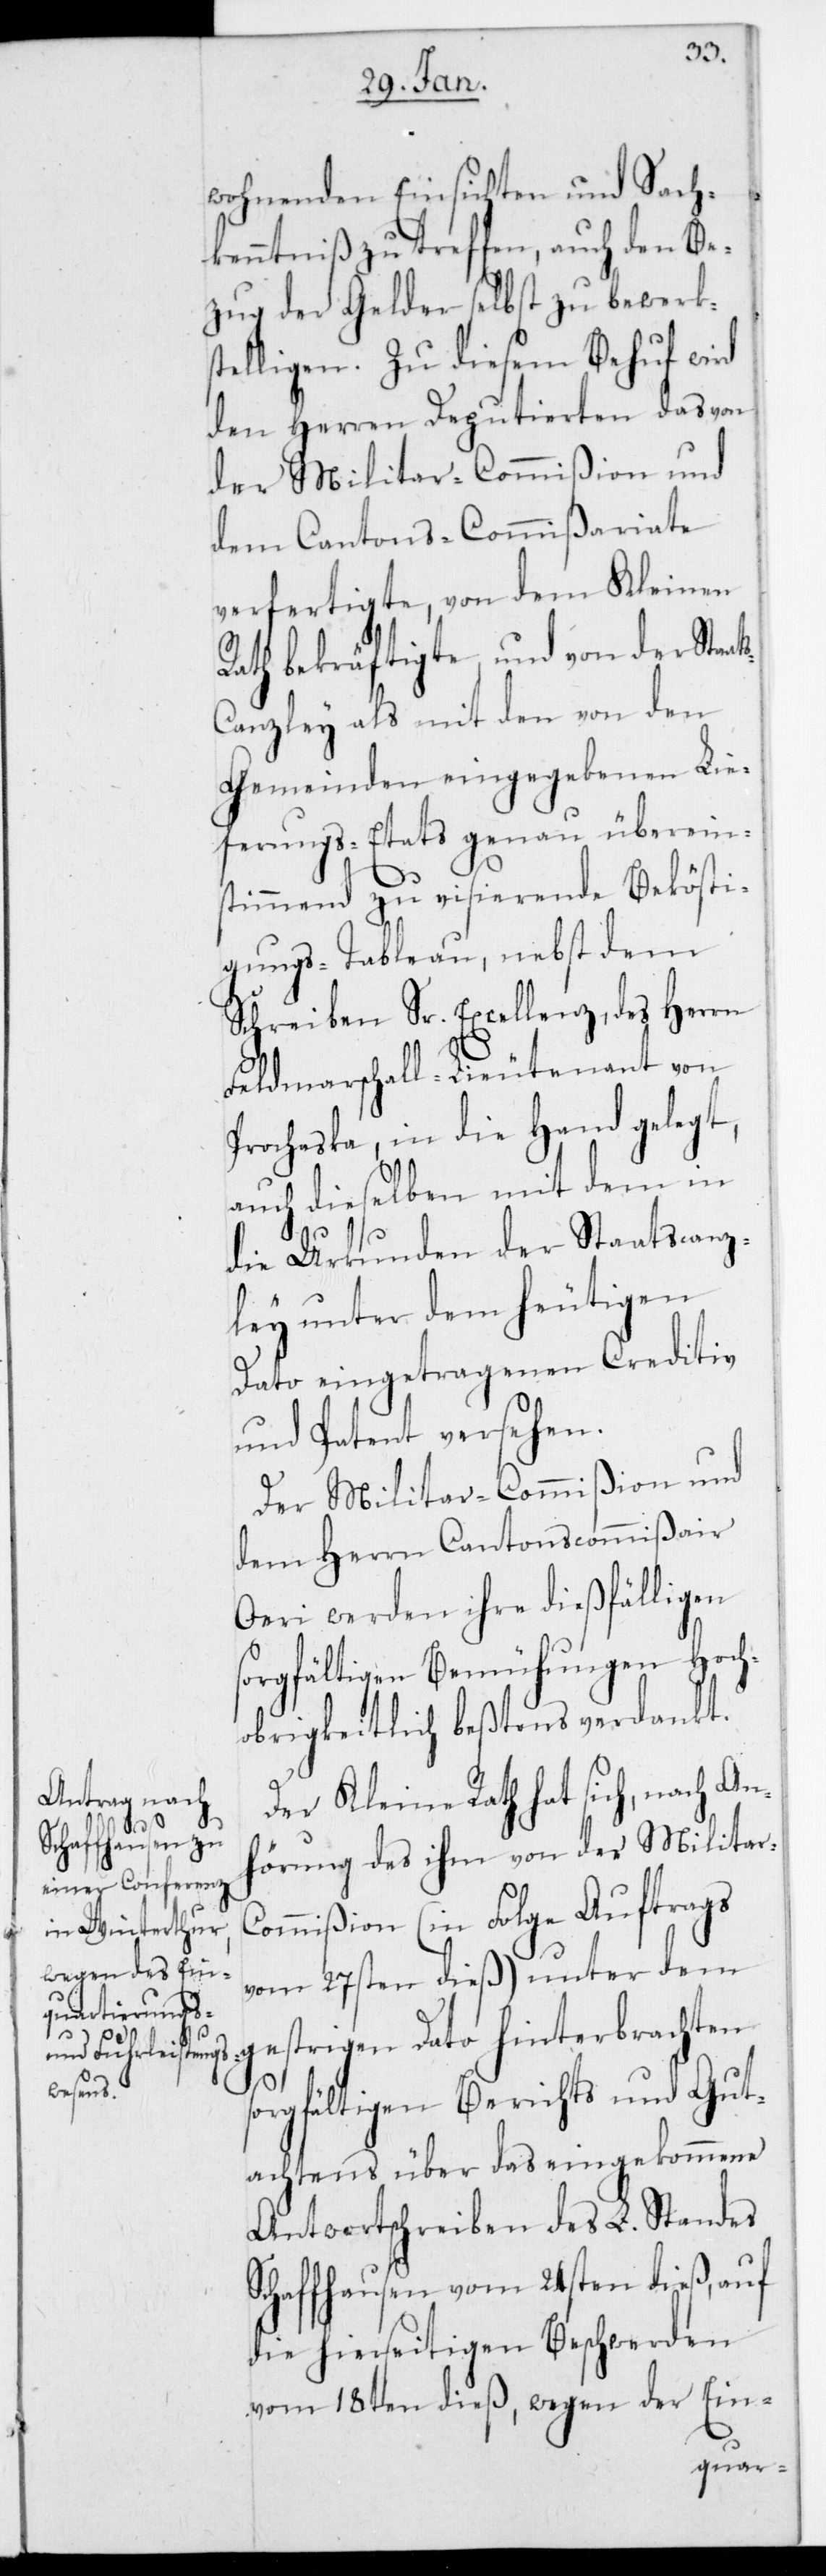
ts¬

wohnenden Einsichten und Sach¬
kenntniß zu treffen, auch den Be¬
zug der Gelder selbst zu bewerks¬
telligen. Zu diesem Behuf wird
den Herren Deputierten das von
der Militar-Commißion und
dem Cantons-Commißariate
verfertigte, von dem Kleinen
Rath bekräftigte und von der Staa¬
canzley als mit den von den
Gemeinden eingegebenen Lie¬
ferungs-Etats genau überein¬
stimmend zu visierende Bekösti¬
gungs-Tableau, nebst dem
Schreiben Sr. Excellenz des Herrn
Feldmarschall-Lieutenant von
Prochaska, in die Hand gelegt,
auch dieselben mit dem in
die Urkunden der Staatscanz¬
ley unter dem heutigen
Dato eingetragenen Creditiv
und Patent versehen.
Der Militar-Commißion und
dem Herrn Cantonscommißair
Oeri werden ihre dießfälligen
sorgfältigen Bemühungen Hoch¬
obrigkeitlich bestens verdankt.
Der Kleine Rath hat sich, nach An¬
hörung des ihm von der Militar-C¬
ommißion (in Folge Auftrags
vom 27sten dieß) unter dem
gestrigen Dato hinterbrachten
sorgfältigen Berichts und Gut¬
achtens über das eingekommene
Antwortschreiben des L. Standes
Schaffhausen vom 24sten dieß, auf
die hierseitigen Beschwerden
vom 18ten dieß, wegen der Ein-